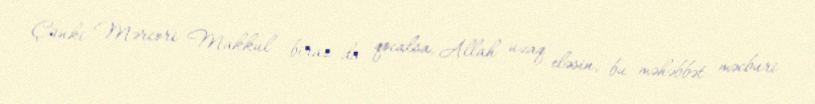
Çünki Mərcori Makkul biraz da qocalsa, Allah uzaq eləsin, bu məhəbbət məcburi